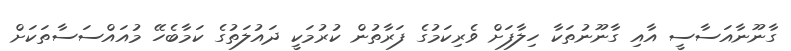
ގާނޫނާއަސާސީ އާއި ގާނޫނުތަކާ ހިލާފަށް ވެރިކަމުގެ ފަރާތުން ކުރުމަކީ ދައުލަތުގެ ކަމާބެހޭ މުއައްސަސާތަކަށް